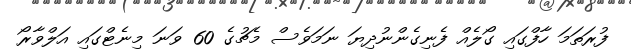
ފުރަތަމަ ހާފްގައި ގޯލެއް ފެނިގެންނުދިޔަ ނަމަވެސް މެޗުގެ 60 ވަނަ މިނެޓްގައި އަލްވާރޯ